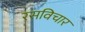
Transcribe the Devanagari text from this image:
रसविचार